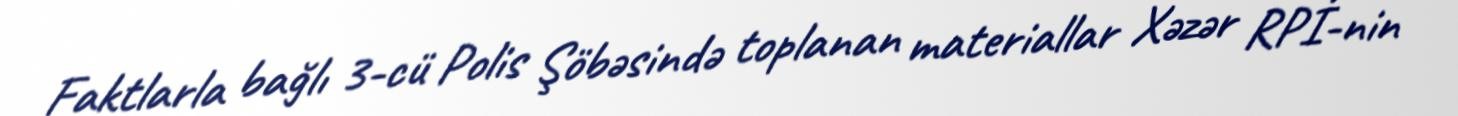
Faktlarla bağlı 3-cü Polis Şöbəsində toplanan materiallar Xəzər RPİ-nin